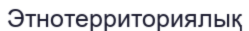
Этнотерриториялық